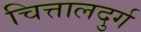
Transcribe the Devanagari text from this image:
चित्तालदुर्ग